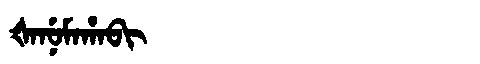
Manchu: ᡧᠠᠨᡠᠮᠠᡥᠠᠪᡳ
Romanization: ŠANUMAHABI